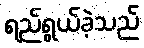
ရည်ရွယ်ခဲ့သည်